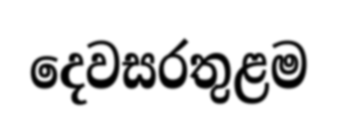
දෙවසරතුළම